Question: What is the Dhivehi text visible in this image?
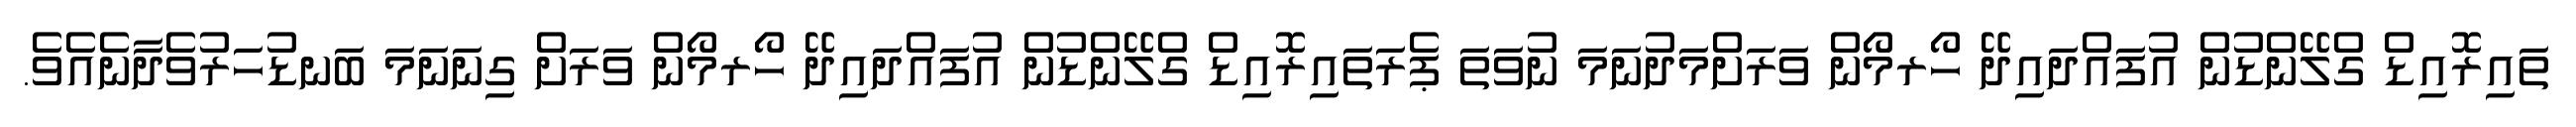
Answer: ތައިރޮއިޑް ގްލޭންޑުން އުފައްދައިދޭ ހޯރމޯން ވަރަށްމަދުނަމަ ނުވަތަ ޕެރަތައިރޮއިޑް ގްލޭންޑުން އުފައްދައިދޭ ހޯރމޯން ވަރަށް ގިނަނަމަ ބަނޑުހަރުވެދާނެއެވެ.